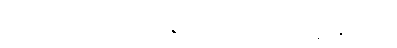
ဝသေန၊ အစွမ်းဖြင့်။ ကာရေတဗ္ဗော၊ ၏။ ဝါ၊ ၏။ နိပဇဘနေပိ၊